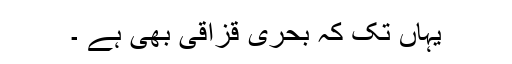
یہاں تک کہ بحرى قزاقى بهى ہے ۔